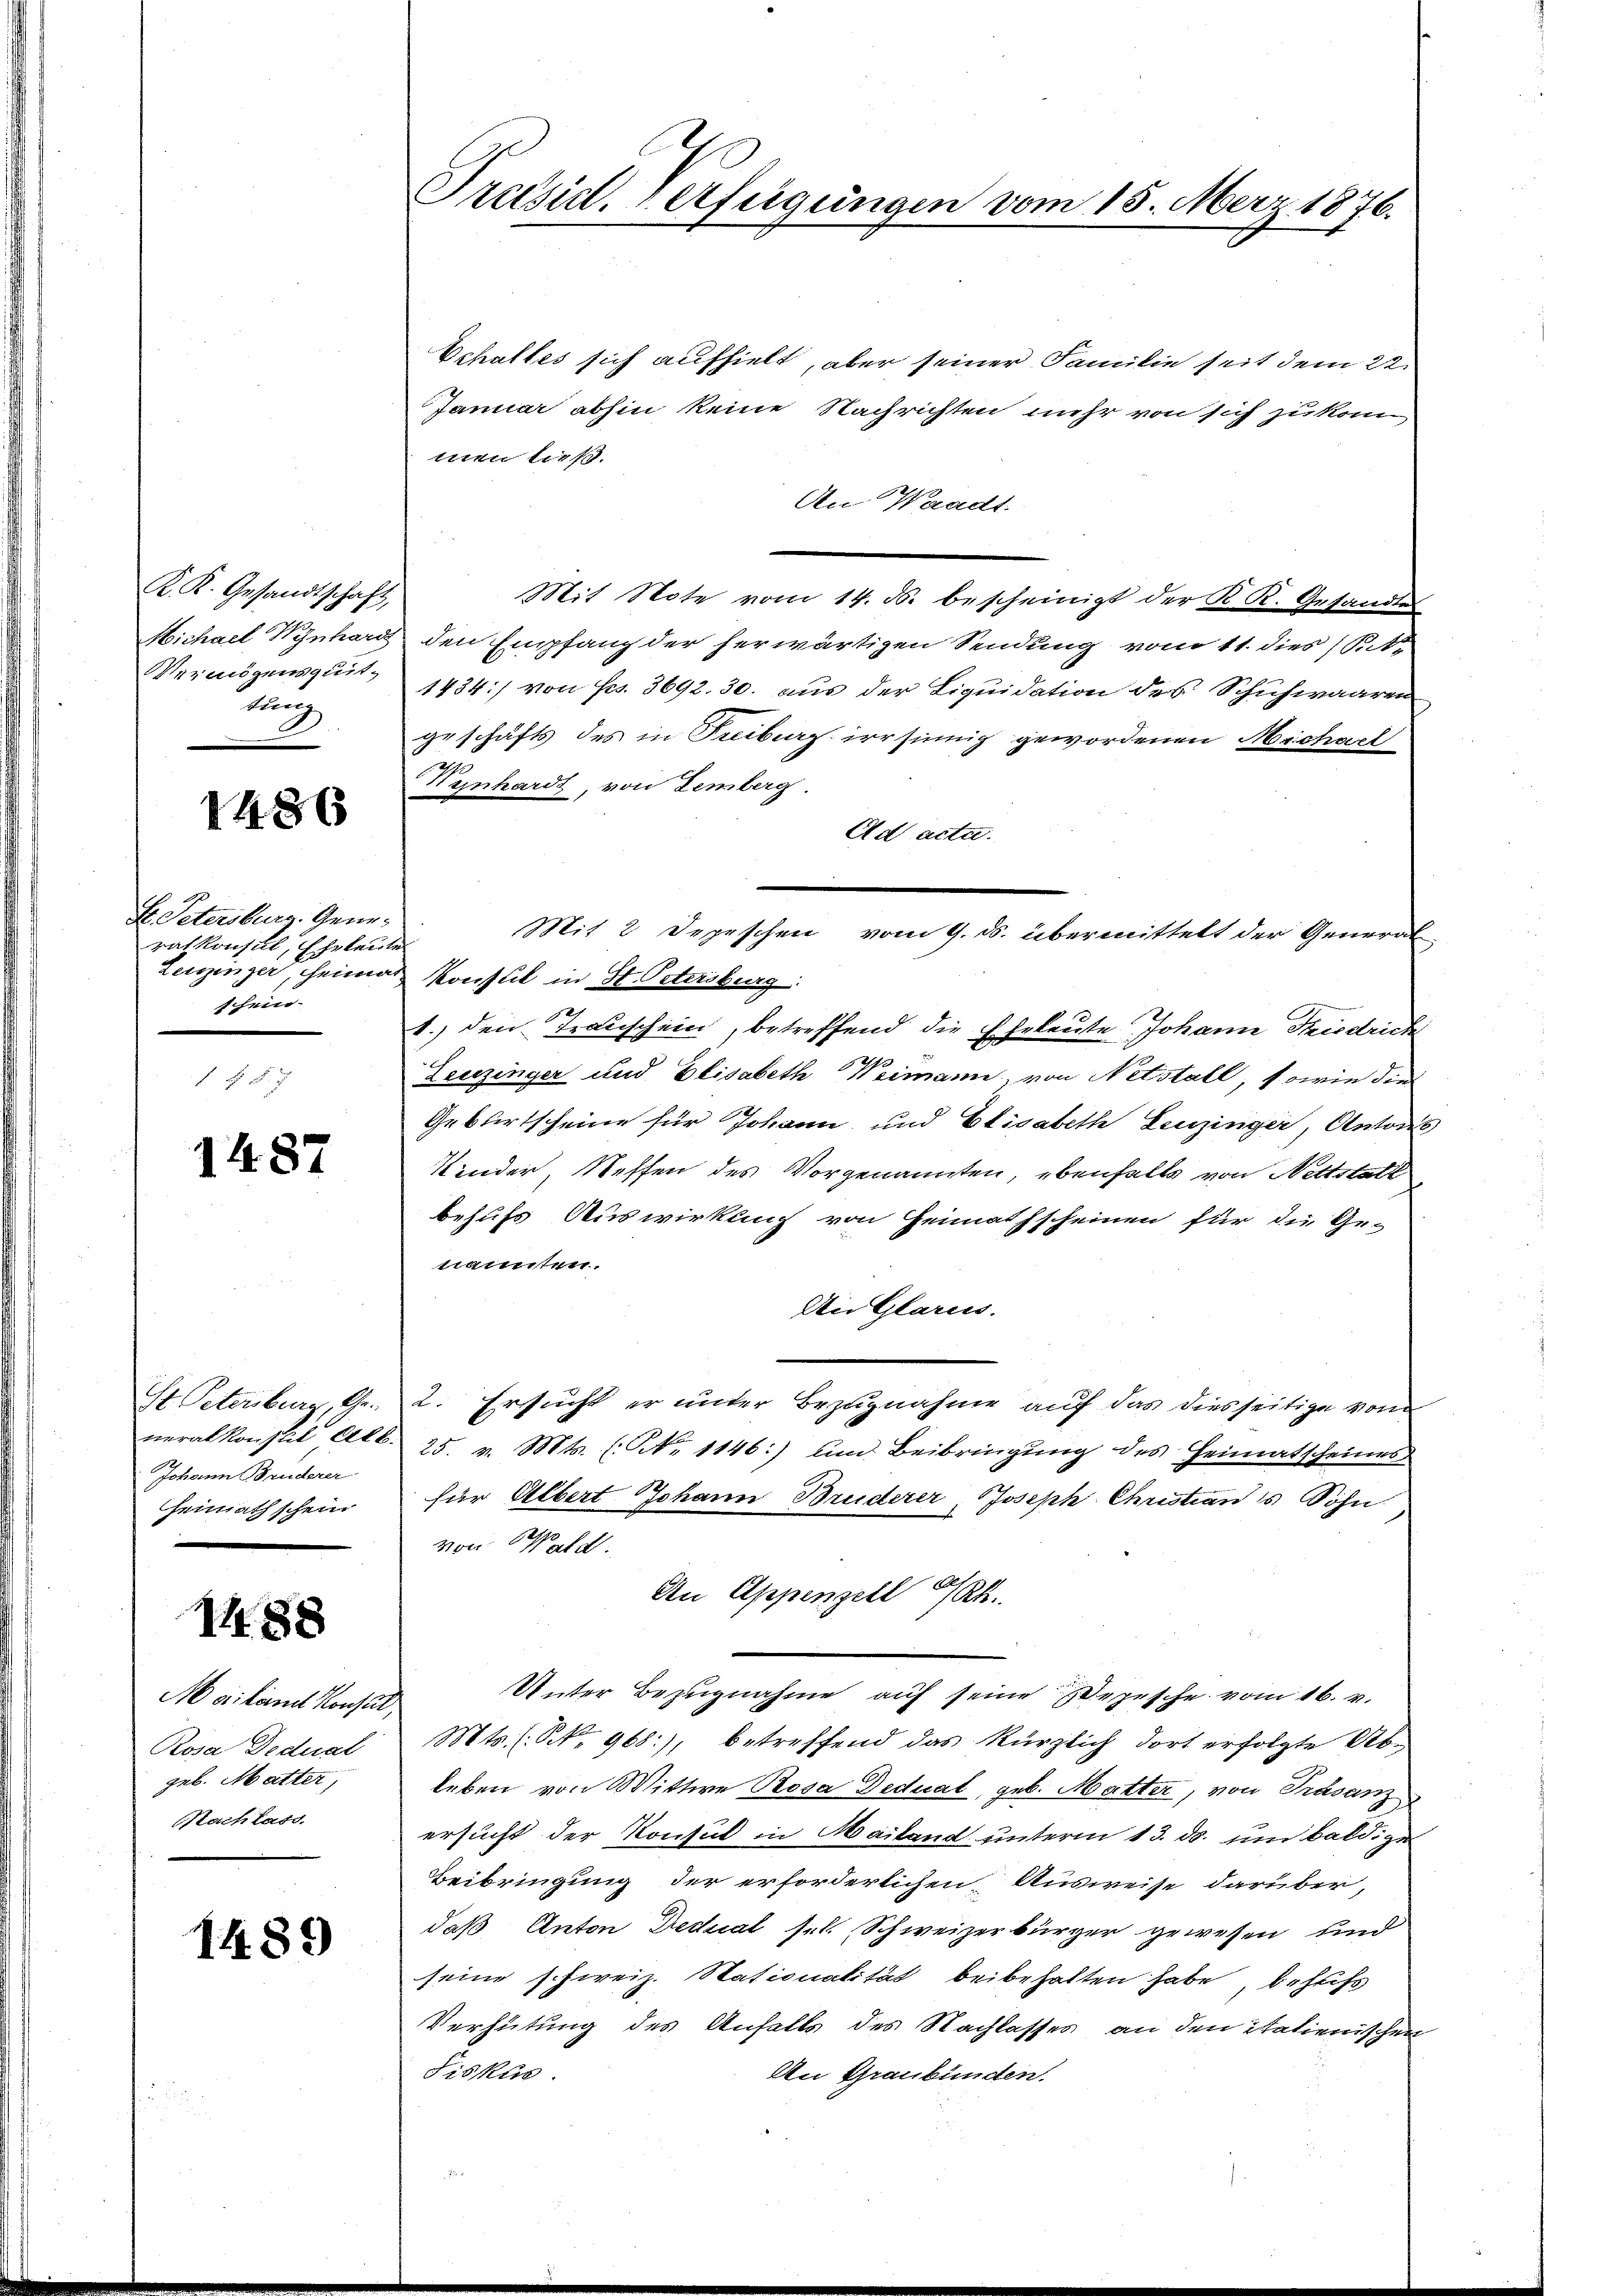
K. K. Gesandtschaft,
Vermögensquit-
tung

1486

Hr. Petersburg. Generahkonsul, Eheleute
Leiringer, Heima
schein.

1487

St. Petersburg, Generalkonstil Akl.
Johann Bruderer
Heimath schein

1488

Mailand Konser
Rosa Dedual
geb. Matter,
Nach lass.

1489

Praesid. Verfügungen vom 15. März 1876.

Echaltes sich aufhielt, aber seiner Familie seit dem 22.
Januar abhin keine Nachrichten mehr von sich zu konn
men ließ.
An Waadt.
Mit Note vom 14. M. bescheinigt der K. K. Gesandts
Michael Wynhard den Empfang der herwärtigen Sendung vom 11. dies (St¬
1434/ von Frs. 3692. 30. aus der Liquidation des Schuhwaaren
geschäfts des in Freiburg irrsinnig gewordenen Michael
Henhardt, von Lemberg
Ad acta.
Mit 2 Depeschen vom 9. ds. übermittelt der General-
Konsul in St. Petersburg:
1.) den Trauschein, betreffend die Eheleute Johann Friedrich
0
Leuzinger und Elisabeth Weimann, von Netstall, sowie der
Geburtscheine für Johann und Elisabeth Leuzinger, Antons
Kinder, Steffen des Vorgenannten, ebenfalls von Nettstalt
behufs Auswirkung von Heimathscheinen für die Ge-
nannten.
Die Glarus.
2. Ersucht er unter Bezugnahme auf das diesseitige vom
25. v. Mts. (N. 1146:) und Beibringung des Heimatscheines
für Albert Johann Bruderer, Joseph Christian Sohn
von Wald.
An Appenzell I/Rh.
Unter Bezugnahme auf seine epische vom 16. v.
Mts. (N. 968), betreffend das kürzlich dort erfolgte Ab-
leben von Mittwe Rosa Dedicat, geb. Matter, von Trasanz
ersucht der Konsul in Mailand unterm 13. ds. um baldige
Beibringung der erforderlichen Ausweise darüber,
daß Anton Dedical sel. Schweizerbürger gewesen und
seine schweiz. Stationalität beibehalten habe, behufs
Verhütung des Anfalls des Nachlasses an den italienischen
Fiskus.
An Graubünden.